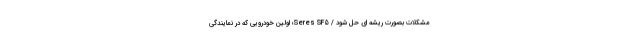
‌مشکلات بصورت ریشه ای حل شود / Seres SF5؛ اولین خودرویی که در نمایندگی